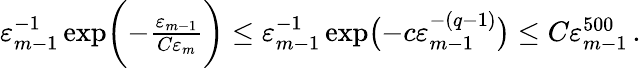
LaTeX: \begin{array}{r}{\varepsilon_{m-1}^{-1}\exp\biggl(-\frac{\varepsilon_{m-1}}{C\varepsilon_{m}}\bigg)\leq\varepsilon_{m-1}^{-1}\exp\bigl(-c\varepsilon_{m-1}^{-(q-1)}\bigr)\leq C\varepsilon_{m-1}^{500}\, .}\end{array}